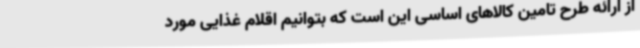
از ارائه طرح تامین کالاهای اساسی این است که بتوانیم اقلام غذایی مورد